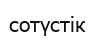
сотүстік